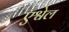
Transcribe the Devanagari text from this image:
एश्वेल